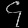
Digit: ၄